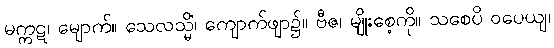
မက္ကဋ၊ မျောက်။ သေလသ္မိံ၊ ကျောက်ဖျာ၌။ ဗီဇ၊ မျိုးစေ့ကို။ သစေပိ ဝပေယျ၊